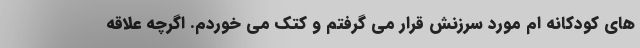
های کودکانه ام مورد سرزنش قرار می گرفتم و کتک می خوردم. اگرچه علاقه